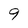
Character: 9